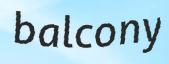
balcony